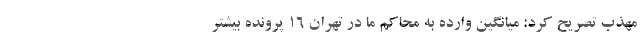
مهذب تصریح کرد: میانگین وارده به محاکم ما در تهران ١٦ پرونده بیشتر